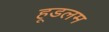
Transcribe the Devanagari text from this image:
हूडलम